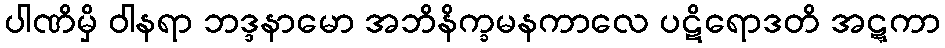
ပါဏိမှိ ဝါနရာ ဘဒ္ဒနာမော အဘိနိက္ခမနကာလေ ပဋိရောဒတိ အဋ္ဋကာ